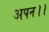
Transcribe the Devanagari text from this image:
अपन।।